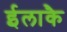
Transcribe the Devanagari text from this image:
ईलाकै